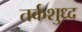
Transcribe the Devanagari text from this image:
तर्कशुध्द